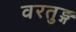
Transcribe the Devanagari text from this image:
वरतुङ्ग